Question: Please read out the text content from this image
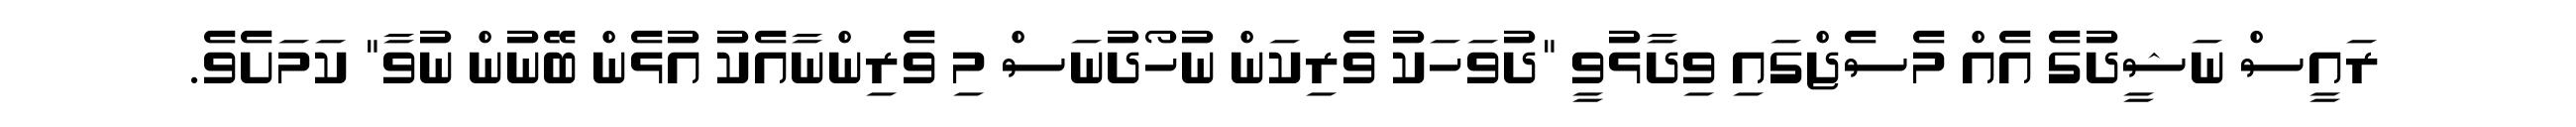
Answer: ރައީސް ނަޝީދުގެ އެއް މެސެޖްގައި ވިދާޅުވީ "ދުވަހަކު ވެރިކަން ނުހޯދުނަސް މި ވެރިންނާއެކު އުޅެން ބޭނުން ނުވާ" ކަމަށެވެ.